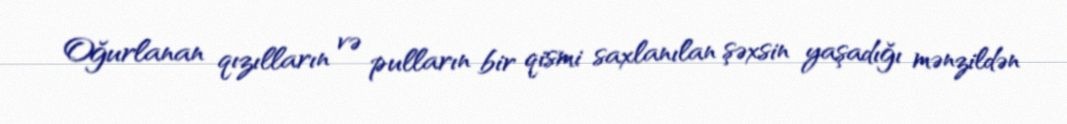
Oğurlanan qızılların və pulların bir qismi saxlanılan şəxsin yaşadığı mənzildən